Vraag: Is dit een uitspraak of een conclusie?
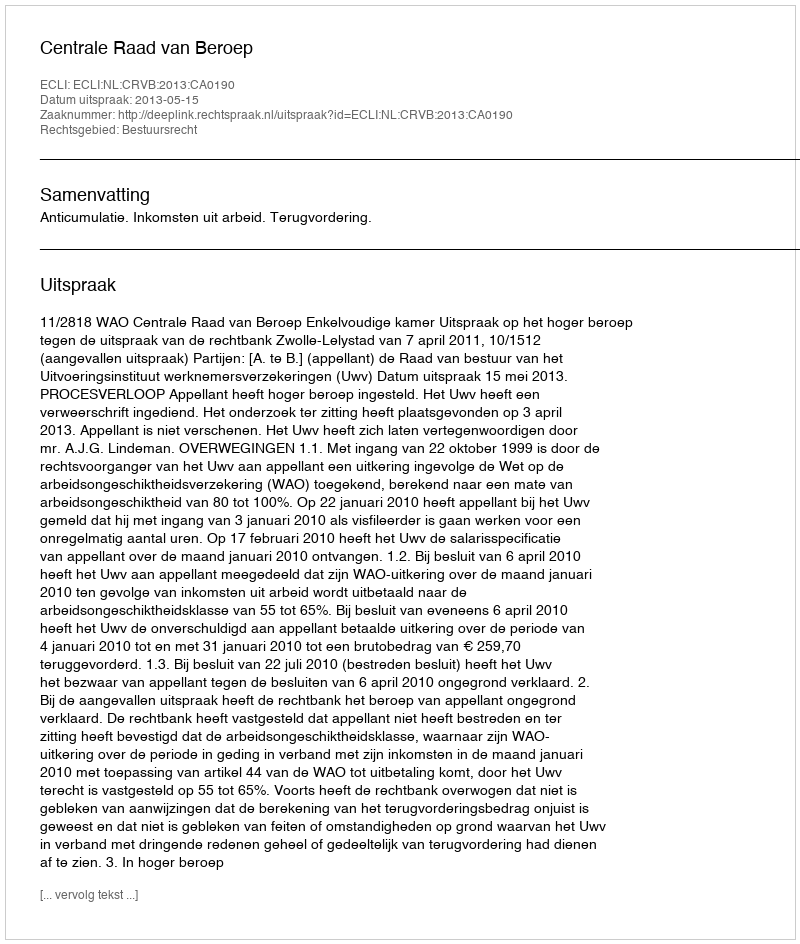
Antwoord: Uitspraak